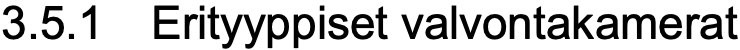
3.5.1 Erityyppiset valvontakamerat